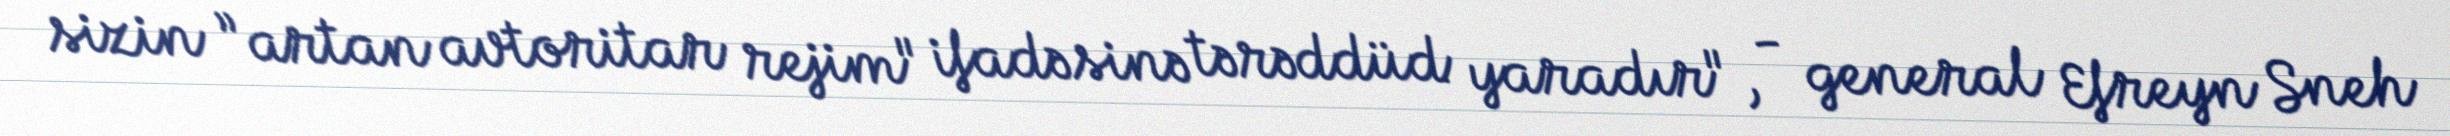
sizin ”artan avtoritar rejim" ifadəsinə tərəddüd yaradır", - general Efreyn Sneh